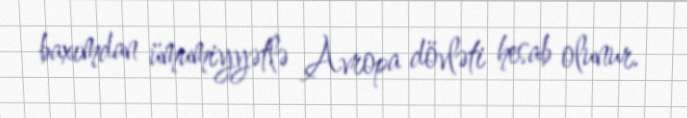
baxımdan ümumiyyətlə Avropa dövləti hesab olunur.